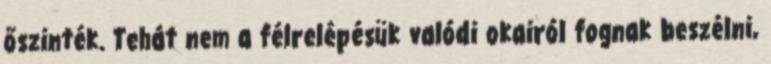
őszinték. Tehát nem a félrelépésük valódi okairól fognak beszélni,